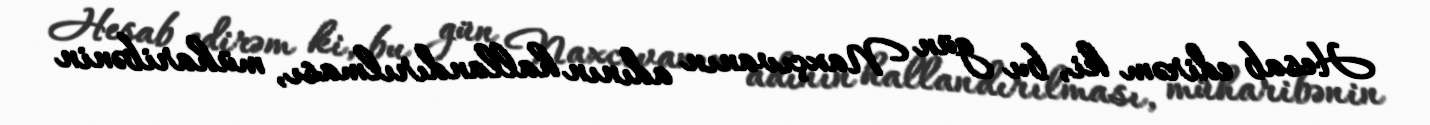
Hesab edirəm ki, bu gün Naxçıvanın adının hallandırılması, müharibənin